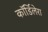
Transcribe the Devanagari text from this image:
कॉर्डिलेरा